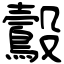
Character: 鷇